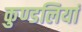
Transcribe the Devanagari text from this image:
कुण्‍डलियां